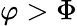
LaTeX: \varphi>\Phi